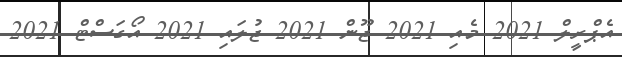
އެޕްރީލް 2021 މެއި 2021 ޖޫން 2021 ޖުލައި 2021 އޯގަސްޓް 2021